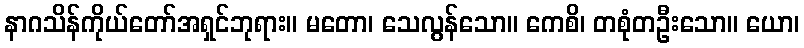
နာဂသိန်ကိုယ်တော်အရှင်ဘုရား။ မတော၊ သေလွန်သော။ ကေစိ၊ တစုံတဦးသော။ ယော၊